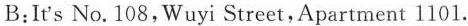
B:It's No.108,Wuyi Street,Apartment 1101.